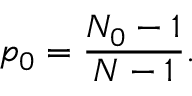
p _ { 0 } = \frac { N _ { 0 } - 1 } { N - 1 } .